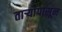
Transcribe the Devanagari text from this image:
तार्‍यांपासून